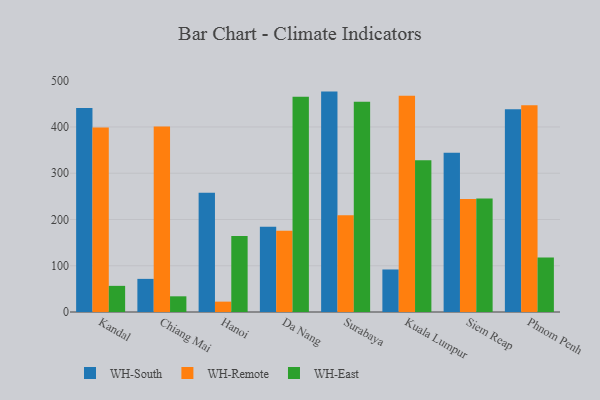
{"axis": {"x": "City", "y": "Bounce Rate (%)"}, "legend": ["WH-East", "WH-Remote", "WH-South"], "data": [{"x": "Kandal", "y": 440.7, "type": "WH-South"}, {"x": "Kandal", "y": 399.0, "type": "WH-Remote"}, {"x": "Kandal", "y": 56.5, "type": "WH-East"}, {"x": "Chiang Mai", "y": 71.6, "type": "WH-South"}, {"x": "Chiang Mai", "y": 401.1, "type": "WH-Remote"}, {"x": "Chiang Mai", "y": 33.9, "type": "WH-East"}, {"x": "Hanoi", "y": 258.0, "type": "WH-South"}, {"x": "Hanoi", "y": 22.4, "type": "WH-Remote"}, {"x": "Hanoi", "y": 164.4, "type": "WH-East"}, {"x": "Da Nang", "y": 184.5, "type": "WH-South"}, {"x": "Da Nang", "y": 175.7, "type": "WH-Remote"}, {"x": "Da Nang", "y": 465.0, "type": "WH-East"}, {"x": "Surabaya", "y": 476.4, "type": "WH-South"}, {"x": "Surabaya", "y": 209.0, "type": "WH-Remote"}, {"x": "Surabaya", "y": 454.6, "type": "WH-East"}, {"x": "Kuala Lumpur", "y": 91.9, "type": "WH-South"}, {"x": "Kuala Lumpur", "y": 467.2, "type": "WH-Remote"}, {"x": "Kuala Lumpur", "y": 328.0, "type": "WH-East"}, {"x": "Siem Reap", "y": 344.1, "type": "WH-South"}, {"x": "Siem Reap", "y": 244.5, "type": "WH-Remote"}, {"x": "Siem Reap", "y": 245.5, "type": "WH-East"}, {"x": "Phnom Penh", "y": 438.5, "type": "WH-South"}, {"x": "Phnom Penh", "y": 447.1, "type": "WH-Remote"}, {"x": "Phnom Penh", "y": 118.0, "type": "WH-East"}]}